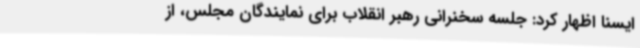
ایسنا اظهار کرد: جلسه سخنرانی رهبر انقلاب برای نمایندگان مجلس، از